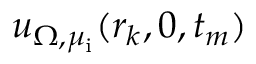
u _ { \Omega , \mu _ { \mathrm { i } } } ( r _ { k } , 0 , t _ { m } )